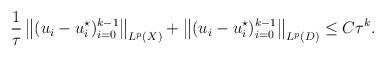
LaTeX: \begin{align*}\frac1\tau\, \big\|(u_i - u_i^\star)_{i=0}^{k-1}\big\|_{ L^p(X)}+\big\|( u_i - u_i^\star)_{i=0}^{k-1}\big\|_{ L^p(D)} \le C\tau^k.\end{align*}